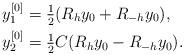
LaTeX: \begin{align*}y_1^{[0]} &= \tfrac12(R_hy_0+ R_{-h} y_0),\\y_2^{[0]} &= \tfrac12 C(R_hy_0- R_{-h} y_0).\end{align*}